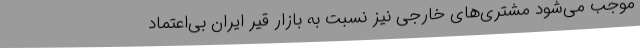
موجب می‌شود مشتری‌های خارجی نیز نسبت به بازار قیر ایران بی‌اعتماد